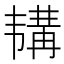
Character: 𫖕